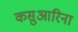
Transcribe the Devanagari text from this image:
कसुआरिना